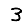
Digit: 3